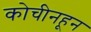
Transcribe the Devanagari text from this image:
कोचीनहून